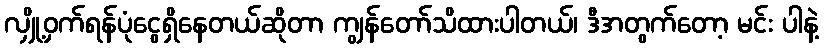
လျှို့ဝှက်ရန်ပုံငွေရှိနေတယ်ဆိုတာ ကျွန်တော်သိထားပါတယ်၊ ဒီအတွက်တော့ မင်း ပါနဲ့